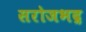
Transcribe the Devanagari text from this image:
सरोजभद्र